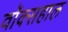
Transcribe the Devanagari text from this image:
वॉक्सहाल